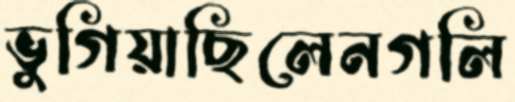
ভুগিয়াছিলেনগলি